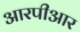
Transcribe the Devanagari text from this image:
आरपीआर